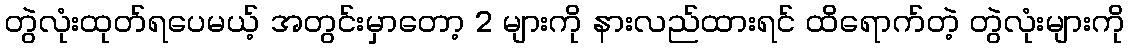
တွဲလုံးထုတ်ရပေမယ့် အတွင်းမှာတော့ 2 များကို နားလည်ထားရင် ထိရောက်တဲ့ တွဲလုံးများကို